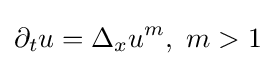
\partial _{t}u=\Delta _{x}u^{m},\,\,m>1